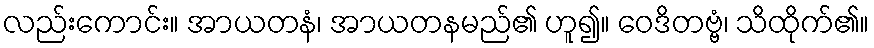
လည်းကောင်း။ အာယတနံ၊ အာယတနမည်၏ ဟူ၍။ ဝေဒိတဗ္ဗံ၊ သိထိုက်၏။